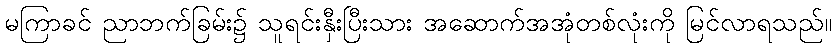
မကြာခင် ညာဘက်ခြမ်း၌ သူရင်းနှီးပြီးသား အဆောက်အအုံတစ်လုံးကို မြင်လာရသည်။